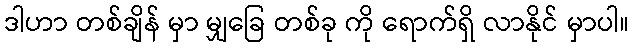
ဒါဟာ တစ်ချိန် မှာ မျှခြေ တစ်ခု ကို ရောက်ရှိ လာနိုင် မှာပါ။